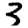
Digit: 3